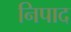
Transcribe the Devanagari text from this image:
निपाद